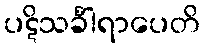
ပဋိသင်္ခါရာပေတိ